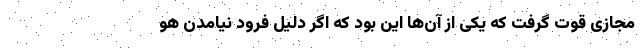
مجازی قوت گرفت که یکی از آن‌ها این بود که اگر دلیل فرود نیامدن هو